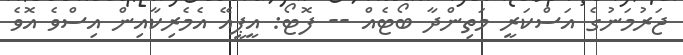
ޖަރުމަނުގެ އަސްކަރީ މަތިންދާ ބޯޓެއް -- ފޮޓޯ: އީޕީއޭ އެމެރިކާއިން އިސްވެ އޮވެ